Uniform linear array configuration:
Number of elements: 48
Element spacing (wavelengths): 0.5
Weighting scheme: blackman
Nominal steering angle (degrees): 15
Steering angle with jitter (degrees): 15.503
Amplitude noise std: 0.05
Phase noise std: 0.05

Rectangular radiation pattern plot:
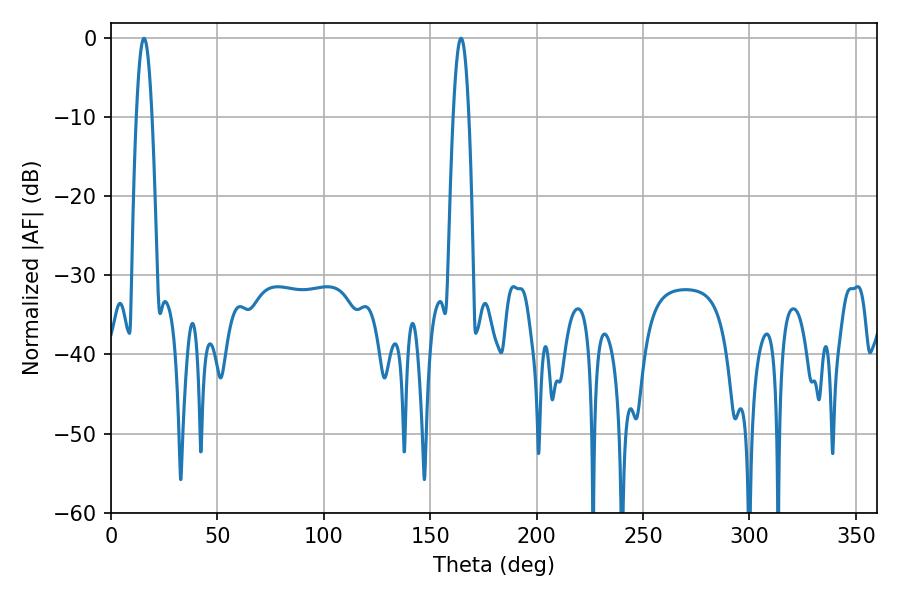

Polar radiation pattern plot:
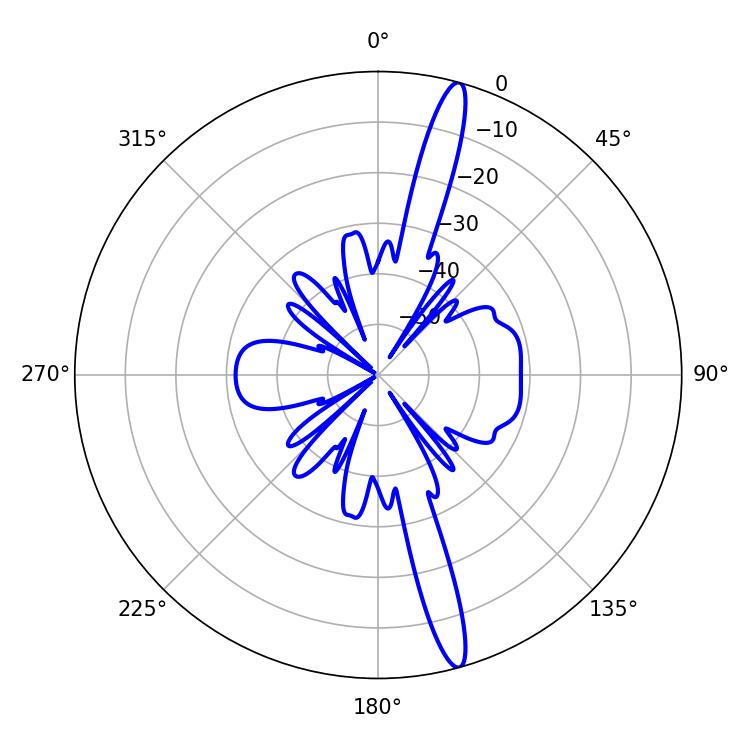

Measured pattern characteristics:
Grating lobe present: FALSE
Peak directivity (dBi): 16.846
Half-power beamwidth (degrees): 3.96
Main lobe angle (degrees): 15.48